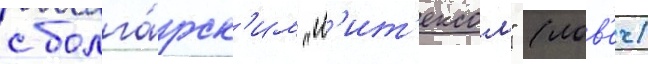
с болга́рск'им "л'ит'ексом" (лов'еч)